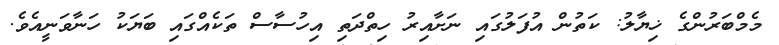
މެމްބަރުންގެ ޚިޔާލު: ކަތުން އުފަލުގައި ނަށާއިރު ހިތްދަތި އިހުސާސް ތަކެއްގައި ބަޔަކު ހަނާވަނީއެވެ.